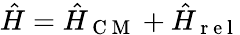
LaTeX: \hat{H}=\hat{H}_{\mathrm{~C~M~}}+\hat{H}_{\mathrm{~r~e~l~}}